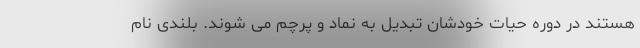
هستند در دوره حیات خودشان تبدیل به نماد و پرچم می شوند. بلندی نام